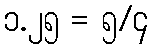
၁.၂၅ = ၅/၄